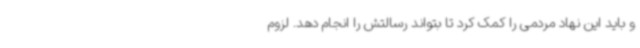
و باید این نهاد مردمی را کمک کرد تا بتواند رسالتش را انجام دهد. لزوم